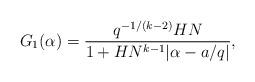
LaTeX: \begin{align*}G_1(\alpha)=\frac{q^{-1/(k-2)}HN}{1+HN^{k-1}|\alpha-a/q|},\end{align*}